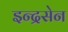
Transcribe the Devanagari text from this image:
इन्द्रसेन